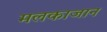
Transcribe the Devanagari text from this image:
मलकाजान